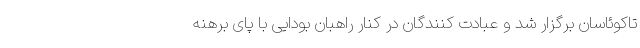
تاکوئاسان برگزار شد و عبادت کنندگان در کنار راهبان بودایی با پای برهنه